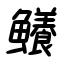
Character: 鱶